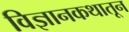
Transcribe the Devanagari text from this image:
विज्ञानकथातून